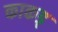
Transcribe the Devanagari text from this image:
काकड्